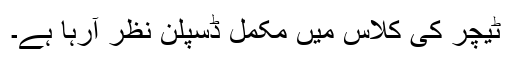
ٹیچر کی کلاس میں مکمل ڈسپلن نظر آرہا ہے۔